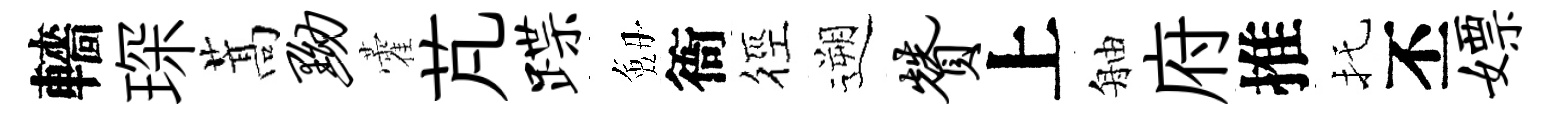
轖琛蒿黝藿芃蹀劔衙徑遡赞上舳府推托丕嫖